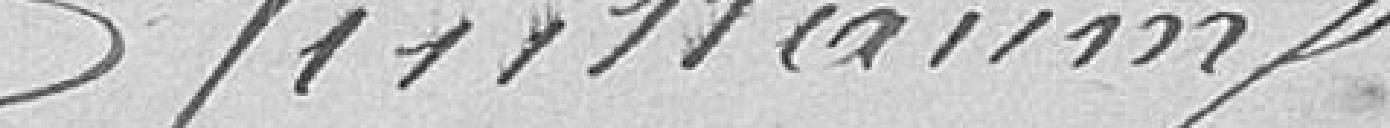
Villaumé